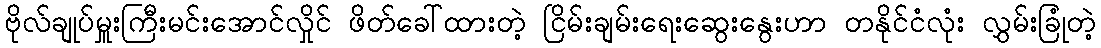
ဗိုလ်ချုပ်မှူးကြီးမင်းအောင်လှိုင် ဖိတ်ခေါ်ထားတဲ့ ငြိမ်းချမ်းရေးဆွေးနွေးဟာ တနိုင်ငံလုံး လွှမ်းခြုံတဲ့